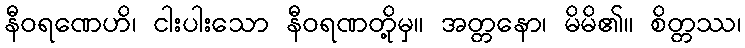
နီဝရဏေဟိ၊ ငါးပါးသော နီဝရဏတို့မှ။ အတ္တနော၊ မိမိ၏။ စိတ္တဿ၊